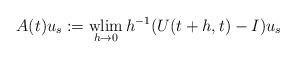
LaTeX: \begin{align*} A(t) u_s := \mathop{\rm wlim}\limits_{h \to 0} h^{-1} (U(t+h,t) - I) u_s\end{align*}